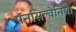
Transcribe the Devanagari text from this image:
पॅनसिल्वेनिया